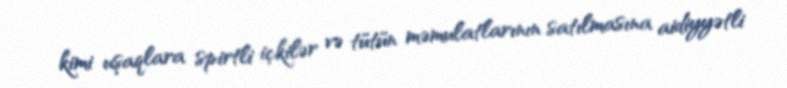
kimi uşaqlara spirtli içkilər və tütün məmulatlarının satılmasına aidiyyətli